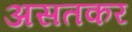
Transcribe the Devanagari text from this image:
असतकर